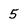
Character: 5